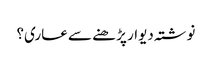
نوشتہ دیوار پڑ ھنے سے عاری؟